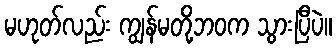
မဟုတ်လည်း ကျွန်မတို့ဘဝက သွားပြီပဲ။